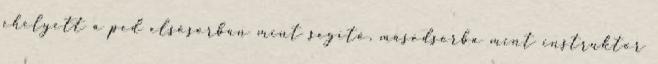
ehelyett a ped elsősorban mint segítő, másodsorba mint instruktor